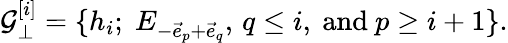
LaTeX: {\cal G}_{\bot}^{[i]}=\{ h_{i};\; E_{-\vec{e}_{p}+\vec{e}_{q}},\, q\leq i,\mathrm{~and~}p\geq i+1\} .